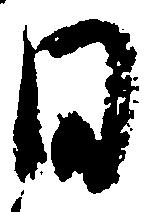
日